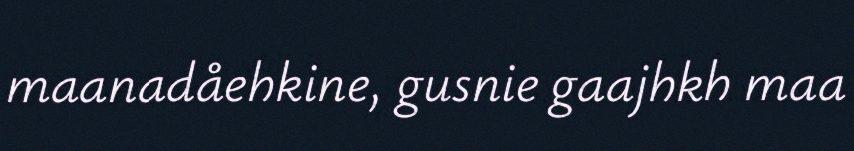
maanadåehkine, gusnie gaajhkh maa